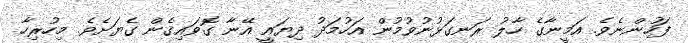
ފަހުންނެވެ. އަމީނާގެ ހާލު ރަނގަޅުނުވުމުން އަހުމަދު ދިޔައީ އޭނާ ގޮވައިގެން ގެޔަށެވެ. މިހުރިހާ